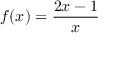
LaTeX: f ( x ) = { \frac { 2 x - 1 } { x } }